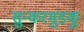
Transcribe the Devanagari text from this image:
सुन्करमुडकू